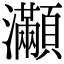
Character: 𤅎